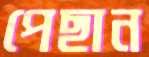
পেছান